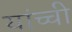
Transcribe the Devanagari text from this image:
यांच्ची